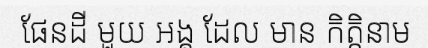
ផែនដី មួយ អង្គ ដែល មាន កិត្តិនាម